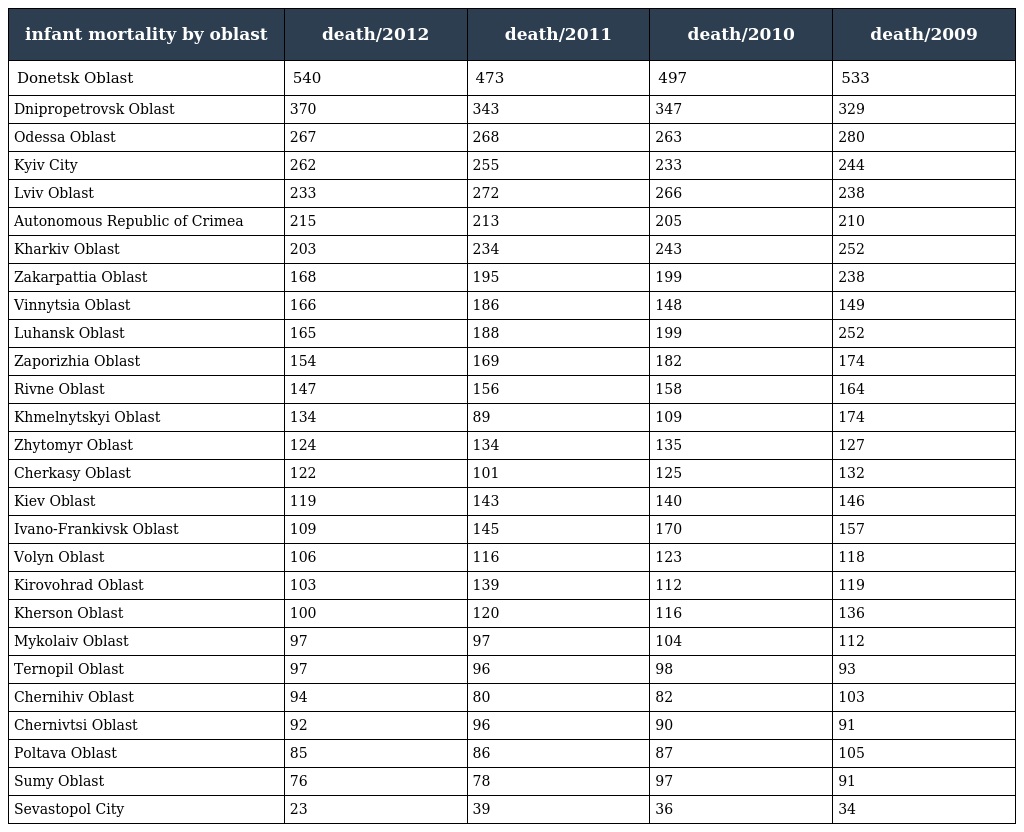
| infant mortality by oblast | death/2012 | death/2011 | death/2010 | death/2009 |
 | --- | --- | --- | --- | --- |
 | Donetsk Oblast | 540 | 473 | 497 | 533 |
 | Dnipropetrovsk Oblast | 370 | 343 | 347 | 329 |
 | Odessa Oblast | 267 | 268 | 263 | 280 |
 | Kyiv City | 262 | 255 | 233 | 244 |
 | Lviv Oblast | 233 | 272 | 266 | 238 |
 | Autonomous Republic of Crimea | 215 | 213 | 205 | 210 |
 | Kharkiv Oblast | 203 | 234 | 243 | 252 |
 | Zakarpattia Oblast | 168 | 195 | 199 | 238 |
 | Vinnytsia Oblast | 166 | 186 | 148 | 149 |
 | Luhansk Oblast | 165 | 188 | 199 | 252 |
 | Zaporizhia Oblast | 154 | 169 | 182 | 174 |
 | Rivne Oblast | 147 | 156 | 158 | 164 |
 | Khmelnytskyi Oblast | 134 | 89 | 109 | 174 |
 | Zhytomyr Oblast | 124 | 134 | 135 | 127 |
 | Cherkasy Oblast | 122 | 101 | 125 | 132 |
 | Kiev Oblast | 119 | 143 | 140 | 146 |
 | Ivano-Frankivsk Oblast | 109 | 145 | 170 | 157 |
 | Volyn Oblast | 106 | 116 | 123 | 118 |
 | Kirovohrad Oblast | 103 | 139 | 112 | 119 |
 | Kherson Oblast | 100 | 120 | 116 | 136 |
 | Mykolaiv Oblast | 97 | 97 | 104 | 112 |
 | Ternopil Oblast | 97 | 96 | 98 | 93 |
 | Chernihiv Oblast | 94 | 80 | 82 | 103 |
 | Chernivtsi Oblast | 92 | 96 | 90 | 91 |
 | Poltava Oblast | 85 | 86 | 87 | 105 |
 | Sumy Oblast | 76 | 78 | 97 | 91 |
 | Sevastopol City | 23 | 39 | 36 | 34 |